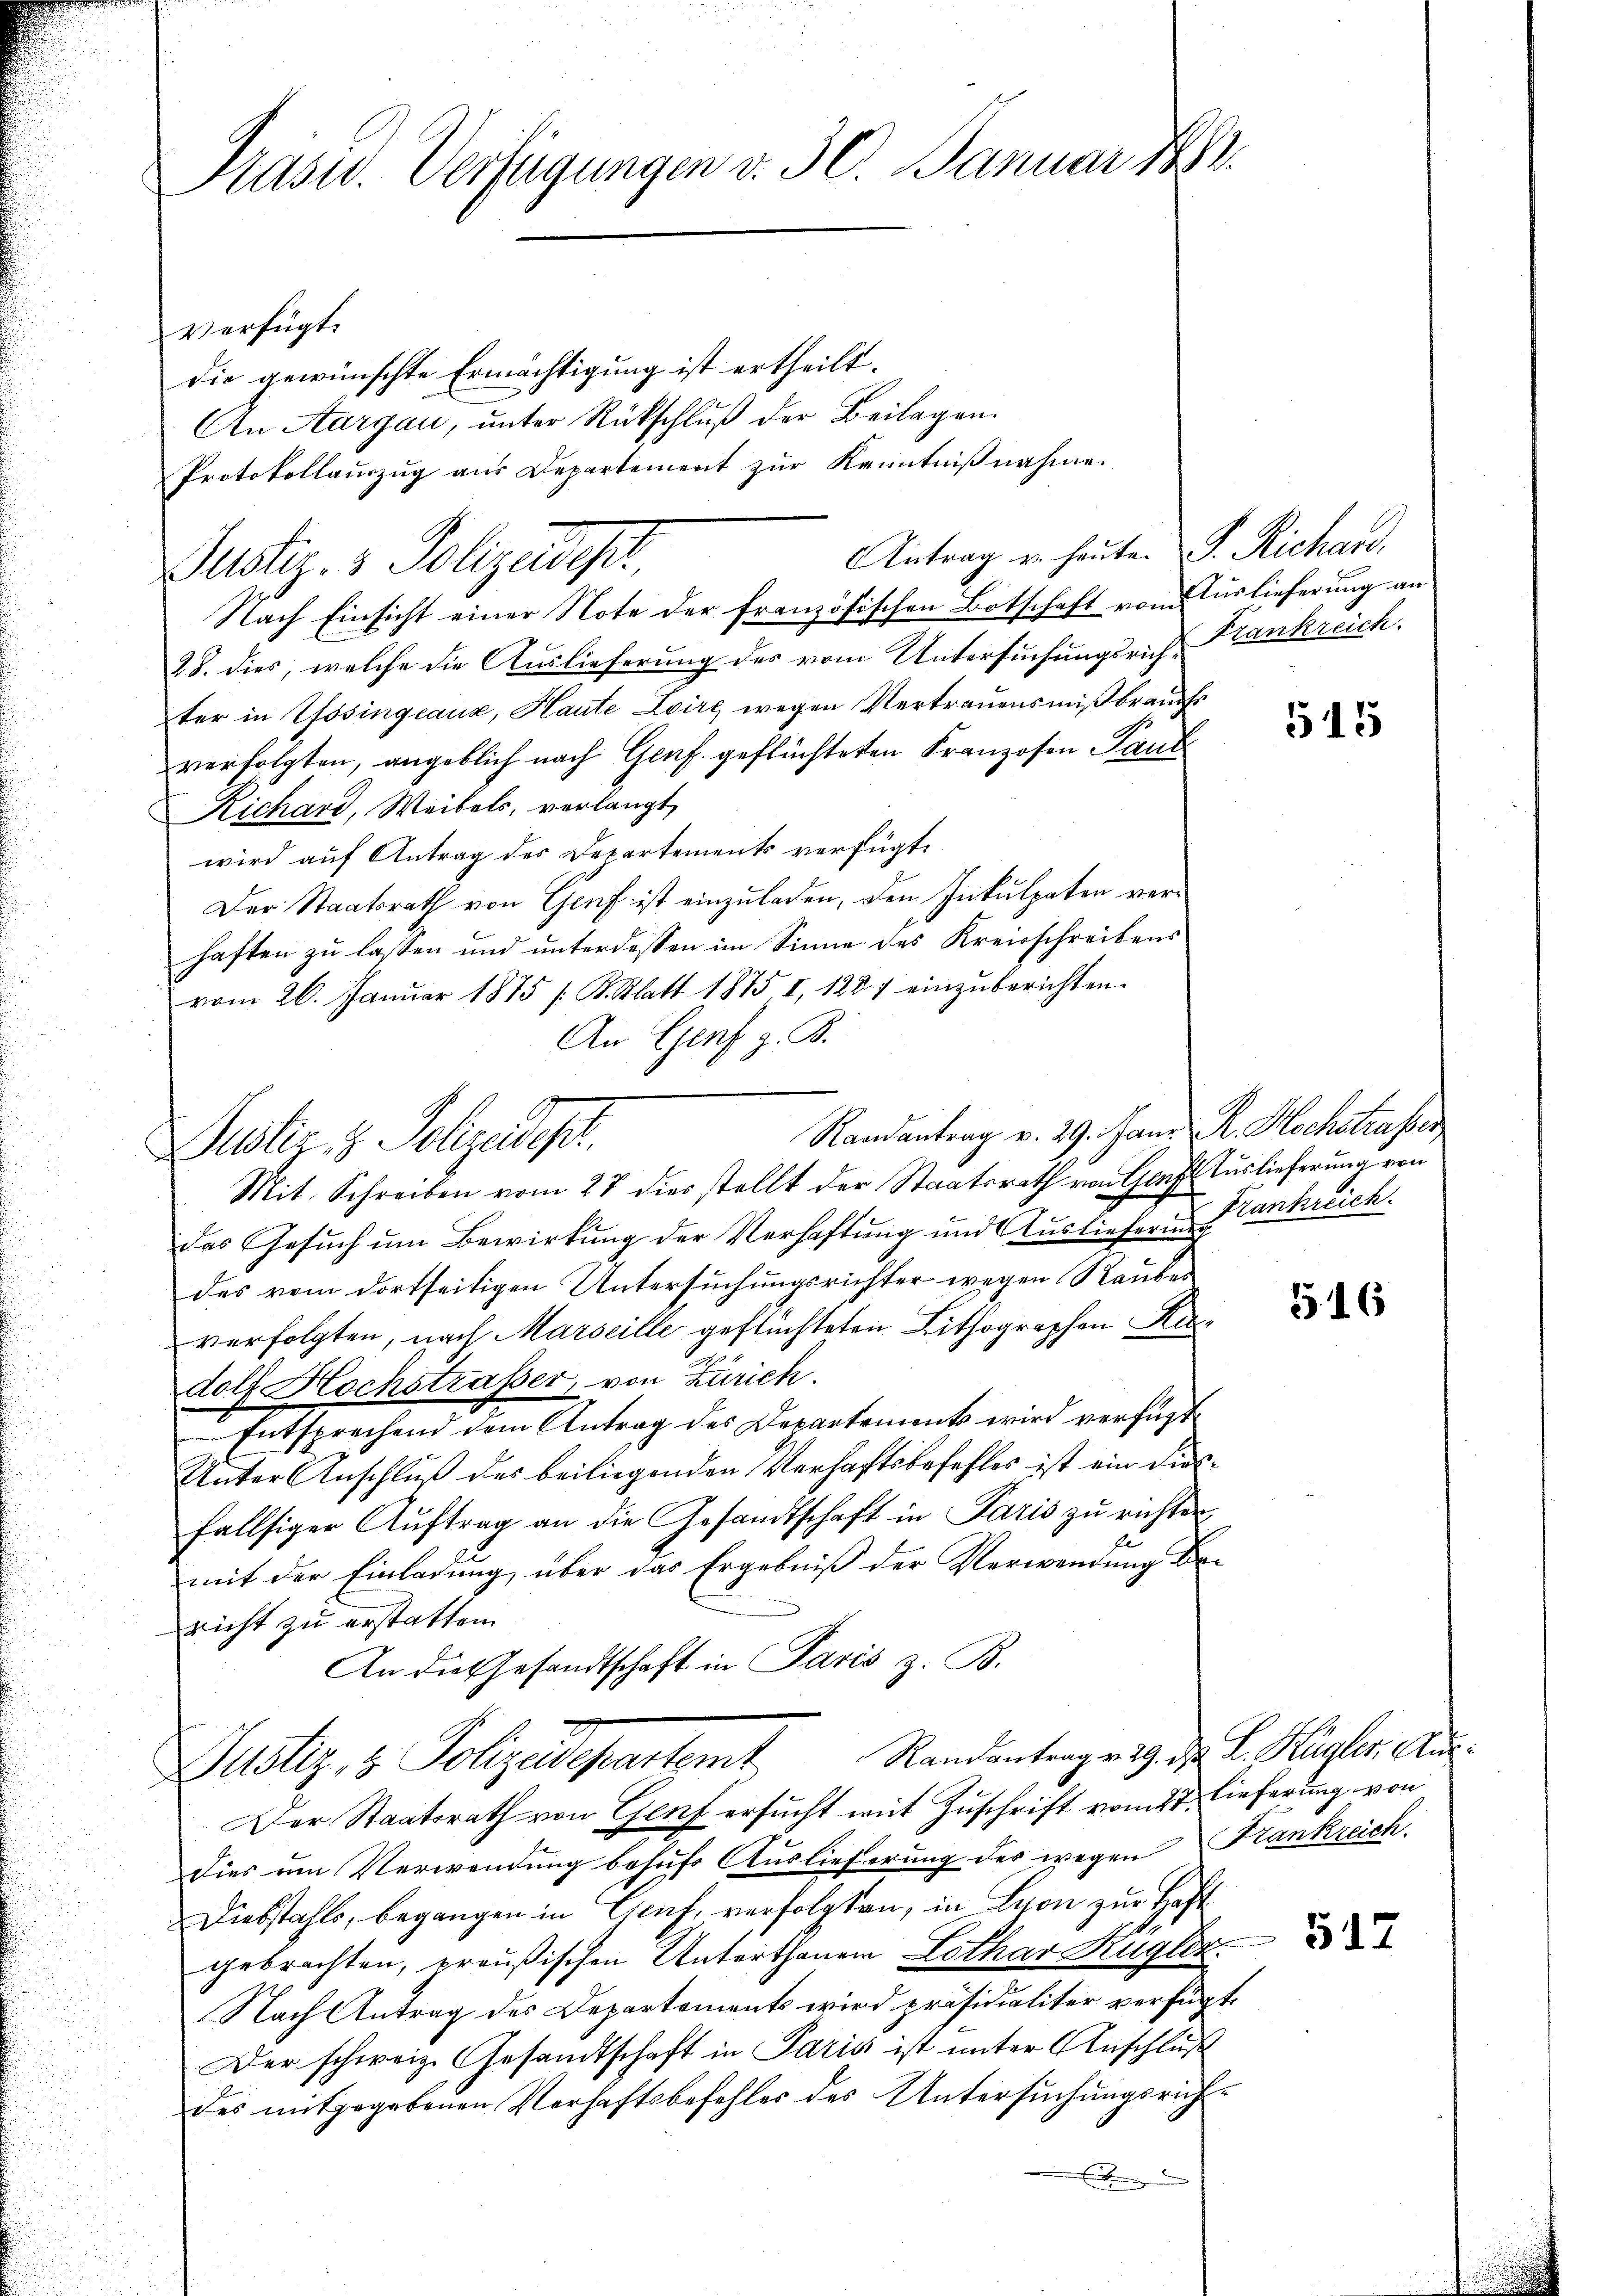
Pasu. Verfügungen v. 30. Januar 1882.

verfügt:
die gewünschte Ermächtigung ist ertheilt.
An Aargau, unter Rückschluß der Beilagen.
Protokollauszug aus Departement zur Kenntnißnahme.
Antrag u. heute. P. Richard,
Justiz- & Polizeidigt,
Nach Einsicht einer Note der französischen Botschaft vom Auslieferung an
28. dies, welche die Auslieferung des vom Untersuchungsrich Krankreich.
ter in Gösingeaux, Haute Loire wegen Vertrauensmißbrauchs
verfolgten, angeblich nach Genf. geflüchteten Franzosen Paul
Richard, Weibels, verlangt,
wird auf Antrag des Departements verfügt,
Der Staatsrath von Genf ist einzuladen, den Inkulpaten verhaften zu lassen und unterdessen im Sinne des Kreisschreibens
vom 26. Januar 1875 [K. Statt 1875, I, 1284 einzuberichten.
An Genf z. B.
Randantrag v. 29. Janr. R. Hochstrasser
Mit Schreiben vom 27 dies stellt der Staatsrath von Geht Auslieferung von
das Gesuch um Bewirkung der Verhaftung und Auslieferung
des vom dortseitigen Untersuchungsrichter wegen Raubes
verfolgten, nach Marseille geftüchteten Lithographen Redolf Hochstrasser, von Zürich.
Entsprechend dem Antrag des Departements wird verfügt
Unter Anschluß des beiliegenden Verhaftsbefehles ist ein diesfallsiger Aŭftrag an die Gesandtschaft in Paris zu richten
El
mit der Einladung über das Ergebniß der Verwendung Bericht zu erstatten.
An dies Gesandtschaft in Paris z. B.
Justiz & Polizeidepartamt Randantragen 9. d. d. Kugler. Au
Der Staatsrath von Genf ersucht mit Zuschrift vom 27. Lieferung von
Dies um Verwendung behufs Auslieferung des wegen Kankreich
Diebstahls, begangen in Graf, verfolgten, in Lyon zur Haft
gebrachten, preußischen Unterthanen Lothar Kugler
Nach Antrag des Departements wird präsidialiter verfügt:
Der schweiz. Gesandtschaft in Paris ist unter Anschluß
des mitgegebenen Verhaftsbefehler des Untersŭchŭngsrich
.

Justiz & Polizeides.

515

Frankreich.

§16

517